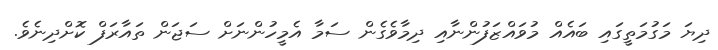
ދިޔަ މަގުމަތީގައި ބައެއް މުވައްޒަފުންނާއި ދިމާވެގެން ސަމާ އެމީހުންނަށް ސަޖަން ތައާރަފް ކޮށްދިނެވެ.